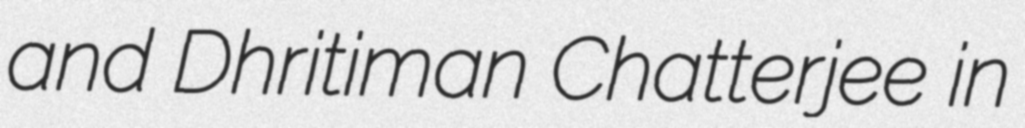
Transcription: and Dhritiman Chatterjee in